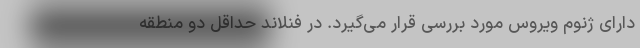
دارای ژنوم ویروس مورد بررسی قرار می‌گیرد. در فنلاند حداقل دو منطقه